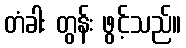
တံခါး တွန်း ဖွင့်သည်။